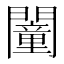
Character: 𨶻